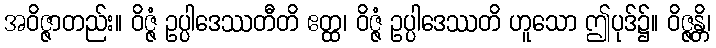
အဝိဇ္ဇာတည်း။ ဝိဇ္ဇံ ဥပ္ပါဒေဿတီတိ ဧတ္ထ၊ ဝိဇ္ဇံ ဥပ္ပါဒေဿတိ ဟူသော ဤပုဒ်၌။ ဝိဇ္ဇန္တိ၊